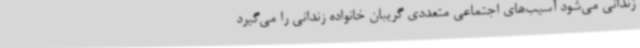
زندانی می‌شود آسیب‌های اجتماعی متعددی گریبان خانواده زندانی را می‌گیرد